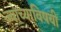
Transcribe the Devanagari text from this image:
ज्याच्याविषयी